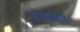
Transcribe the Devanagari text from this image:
होसकेर